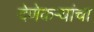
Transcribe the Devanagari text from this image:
देणेकऱ्यांचा